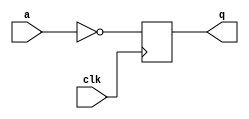
module top_module (input clk,a, output q);\nalways@(posedge clk) q<= !a;\nendmodule